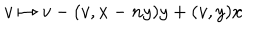
v \mapsto v - ( v , x - n y ) y + ( v , y ) x